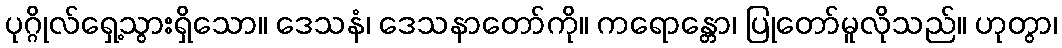
ပုဂ္ဂိုလ်ရှေ့သွားရှိသော။ ဒေသနံ၊ ဒေသနာတော်ကို။ ကရောန္တော၊ ပြုတော်မူလိုသည်။ ဟုတွာ၊